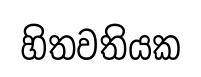
හිතවතියක